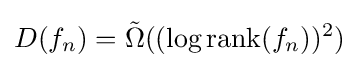
D(f_{n})={\tilde {\Omega }}((\log \operatorname {rank} (f_{n}))^{2})